Report on horse surra - Volume II, Part II
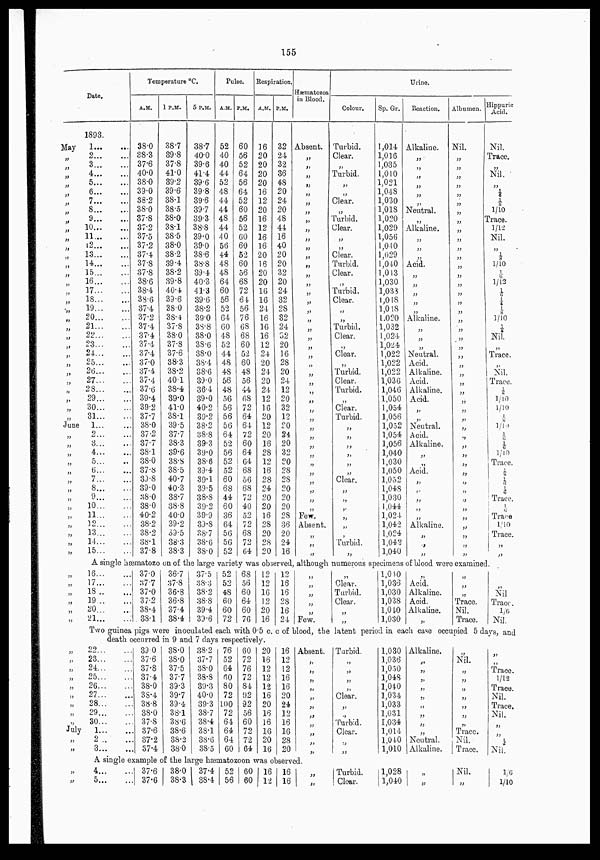
155
Date.
May
„
„
„
„
„
„
„
„
„
„
„
„
„
„
„
„
„
„
„
„
„
„
„
„
„
„
„
„
„
„
„
„
„
„
„
„
„
„
„
„
„
„
„
„
„
„
„
„
„
„
„
„
„
„
„
„
„
„
„
„
„
July
„
„
„
„
„
1893.
1... ...
2...
...
3...
...
4...
...
5...
...
6...
...
7...
...
8...
...
9...
...
10...
...
11...
...
12...
...
13...
...
14...
...
15...
...
16...
...
17...
...
18...
...
19...
...
20...
...
21...
...
22...
...
23...
...
24...
...
25...
...
26...
...
27...
...
28...
...
29...
...
30...
...
31...
...
1...
...
2...
...
3...
...
4...
...
5...
...
6...
...
7...
...
8... ...
9...
...
10...
...
11...
...
12...
...
13...
...
14...
...
15...
...
Temperature °C.
A.M.
38.0
38.3
37.6
40.0
38.0
39.0
38.2
38.0
37.8
37.2
37.5
37.2
37.4
37.8
37.8
38.6
38.4
38.6
37.4
37.2
37.4
37.4
37.4
37.4
37.0
37.4
37.4
37.6
39.4
39.2
37.7
38.0
37.2
37.7
38.1
38.0
37.8
39.8
39.0
38.0
38.0
40.2
38.2
38.2
38.1
37.8
1 P.M.
38.7
39.8
37.8
41.0
39.2
39.6
38.1
38.5
38.0
38.1
38.5
38.0
38.2
39.4
38.2
39.8
40.4
39.6
38.0
38.4
37.8
38.0
37.8
37.6
38.3
38.2
40.1
38.4
39.0
41.0
38.1
39.5
37.7
38.3
39.6
38.8
38.5
40.7
40.3
38.7
38.8
40.0
39.2
39.5
38.3
38.3
5 P.M.
38.7
40.0
39.6
41.4
39.6
39.8
39.6
39.7
39.3
38.8
39.0
39.0
38.6
38.8
39.4
40.3
41.3
39.6
38.2
39.0
38.8
38.0
38.6
38.0
38.4
38.6
39.0
36.4
39.0
40.2
39.2
38.2
38.8
39.3
39.0
38.6
39.4
39.1
39.5
38.8
39.2
39.9
39.8
38.7
38.6
38.0
Pulse.
A.M.
52
40
40
44
52
48
44
44
48
44
40
56
44
48
48
64
60
56
52
64
60
48
52
44
48
48
56
48
56
56
56
56
64
52
56
52
52
60
68
44
60
36
64
56
56
52
P.M.
60
56
52
64
56
64
52
60
56
52
60
60
52
60
56
68
72
64
56
76
68
68
60
52
60
48
56
44
68
72
64
64
72
60
64
64
68
56
68
72
40
52
72
68
72
64
Respiration.
A.M.
16
20
20
20
20
16
12
20
16
12
16
16
20
16
20
20
16
16
24
16
16
16
12
24
20
24
20
24
12
16
20
12
20
16
28
12
16
28
24
20
20
16
28
20
28
20
P.M.
32
24
32
36
48
20
24
20
48
44
16
40
20
20
32
20
24
32
28
32
24
32
20
16
28
20
24
12
20
32
12
20
24
20
32
20
28
28
20
20
20
28
36
20
24
16
Hæmatozoa
in Blood.
Absent.
„
„
„
„
„
„
„
„
„
„
„
„
„
„
„
„
„
„
„
„
„
„
„
„
„
„
„
„
„
„
„
„
„
„
„
„
„
„
„
„
Few.
Absent.
„
„
„
Colour.
Turbid.
Clear.
„
Turbid.
„
„
Clear.
„
Turbid.
Clear.
„
„
Clear.
Turbid.
Clear.
„
Turbid.
Clear.
„
„
Turbid.
Clear.
„
Clear.
„
Turbid.
Clear.
Turbid.
„
Clear.
Turbid.
„
„
„
„
„
„
Clear.
„
„
„
„
„
„
Turbid.
„
Urine.
Sp. Gr.
1,014
1,016
1,035
1,010
1,021
1,048
1,030
1,018
1,020
1,029
1,056
1,040
1,029
1,040
1,043
1,030
1,038
1,048
1,048
1,020
1,032
1,024
1,024
1,022
1,022
1,022
1,036
1,046
1,050
1,054
1,056
1,052
1,054
1,056
1,040
1,030
1,050
1,052
1,048
1,030
1,044
1,024
1,042
1,024
1,042
1,040
Reaction.
Alkaline.
„
„
„
„
„
„
Neutral.
„
Alkaline.
„
„
„
Acid.
„
„
„
„
„
Alkaline.
„
„
„
Neutral.
Acid.
Alkaline.
Acid.
Alkaline.
Acid.
„
„
Neutral.
Acid.
Alkaline.
„
„
Acid.
„
„
„
„
„
Alkaline.
„
„
„
Albumen.
Nil.
„
„
„
„
„
„
„
„
„
„
„
„
„
„
„
„
„
„
„
„
„
„
„
„
„
„
„
„
„
„
„
„
„
„
„
„
„
„
„
„
„
„
„
„
„
Hippuric
Acid.
Nil.
Trace.
„
Nil.
„
1/6
⅛
1/10
Trace.
1/12
Nil.
„
⅛
1/10
1/6
1/12
1/6
¼
⅛
1/10
⅛
Nil.
„
Trace.
„
Nil.
Trace.
⅛
1/10
1/10
⅛
1/10
1/6
1/6
1/10
Trace.
⅛
„
1/6
Trace.
1/6
Trace
1/10
Trace.
„
„
A single hæmatozo on of the large variety was observed, although numerous specimens of blood were examined.
16... ...
17...
...
18...
...
19...
...
20...
...
21...
...
37.0
37.7
37.0
37.2
38.4
38.1
36.7
37.8
36.8
36.8
37.4
38.4
37.5
38.3
38.2
38.8
39.4
39.6
52
52
48
60
60
72
68
56
60
64
60
76
12
12
16
12
20
16
12
16
16
28
16
24
„
„
„
„
„
Few.
„
Clear.
Turbid.
Clear.
„
„
1,040
1,036
1,030
1,038
1,040
1,030
„
Acid.
Alkaline.
Acid.
Alkaline.
„
„
„
„
Trace.
Nil.
Trace.
„
„
Nil
Trace.
1/6
Nil.
Two guinea pigs were inoculated each with 0.5 c. c of blood, the latent period in each case occupied 5 days, and
death occurred in 9 and 7 days respectively.
22...
...
23...
...
24... ...
25...
...
26...
...
27...
...
28...
...
29...
...
30...
...
1...
...
2 ... ...
3...
...
39.0
37.6
37.8
37.4
38.0
38.4
38.8
38.0
37.8
37.6
37.2
37.4
38.0
38.0
37.5
37.7
39.3
39.7
39.4
38.1
38.6
38.6
38.2
38.0
38.2
37.7
38.0
38.8
39.3
40.0
39.3
38.7
38.4
38.1
38.6
38.5
76
52
64
60
80
72
100
72
64
64
64
60
60
72
76
72
84
92
92
56
60
72
72
64
20
16
12
12
12
16
20
16
16
16
20
16
16
12
12
16
16
20
24
12
16
16
28
20
Absent.
„
„
„
„
„
„
„
„
„
„
„
A single example of the large hæmatozoon was observed.
4...
...
5...
...
37.6
37.6
38.0
38.3
37.4
38.4
52
56
60
60
16
12
16
16
„
„
Turbid.
„
„
„
„
Clear.
„
„
Turbid.
Clear.
„
„
Turbid.
Clear.
1,030
1,036
1,050
1,048
1,040
1,034
1,033
1,031
1,034
1,014
1,040
1,010
Alkaline.
„
„
„
„
„
„
„
„
„
Neutral.
Alkaline.
1,028
1,040
„
„
„
Nil.
„
„
„
„
„
„
„
Trace.
Nil.
Trace.
Nil.
„
„
„
Trace.
1/12
Trace.
Nil.
Trace.
Nil.
„
„
⅛
Nil.
1/6
1/10